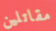
مقاتلين